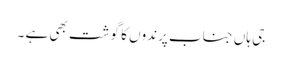
جی ہاں جناب پرندوں کا گوشت بھی ہے ۔